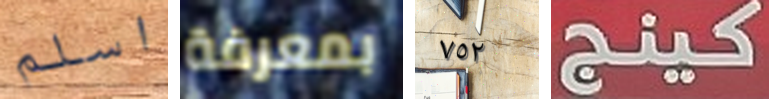
اسلم بمعرفة ٧٥٢ كينج